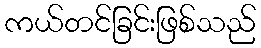
ကယ်တင်ခြင်းဖြစ်သည်